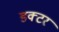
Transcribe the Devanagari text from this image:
डक्टर